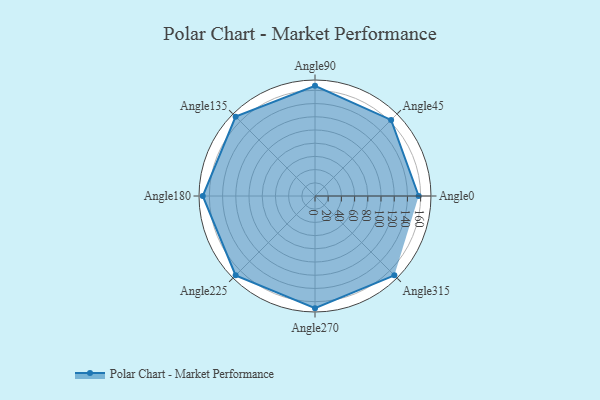
{"axis": {"x": "Angle", "y": "Radius"}, "legend": [""], "data": [{"x": "Angle0", "y": 157.0, "type": ""}, {"x": "Angle45", "y": 163.0, "type": ""}, {"x": "Angle90", "y": 167.0, "type": ""}, {"x": "Angle135", "y": 170, "type": ""}, {"x": "Angle180", "y": 170, "type": ""}, {"x": "Angle225", "y": 170, "type": ""}, {"x": "Angle270", "y": 170, "type": ""}, {"x": "Angle315", "y": 170, "type": ""}]}